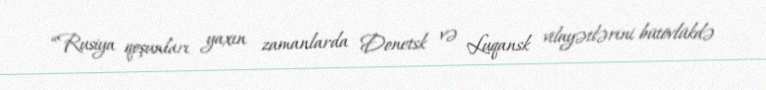
“Rusiya qoşunları yaxın zamanlarda Donetsk və Luqansk vilayətlərini bütövlükdə